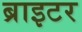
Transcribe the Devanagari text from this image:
ब्राइटर